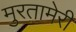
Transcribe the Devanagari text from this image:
मुरतामेरी